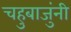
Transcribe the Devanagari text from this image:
चहुबाजुंनी